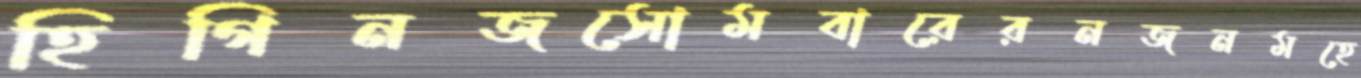
হিগিনজসোমবারেরনজনমহে